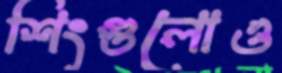
শিংগুলোও